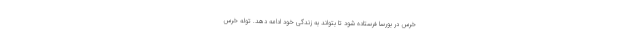
خرس در بورسا فرستاده شود تا بتواند به زندگی خود ادامه دهد. توله خرس